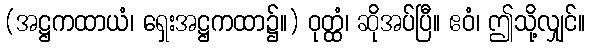
(အဋ္ဌကထာယံ၊ ရှေးအဋ္ဌကထာ၌။) ဝုတ္ထံ၊ ဆိုအပ်ပြီ။ ဧဝံ၊ ဤသို့လျှင်။